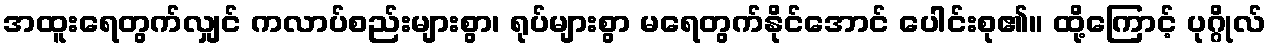
အထူးရေတွက်လျှင် ကလာပ်စည်းများစွာ၊ ရုပ်များစွာ မရေတွက်နိုင်အောင် ပေါင်းစု၏။ ထို့ကြောင့် ပုဂ္ဂိုလ်